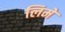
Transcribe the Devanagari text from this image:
लिमे